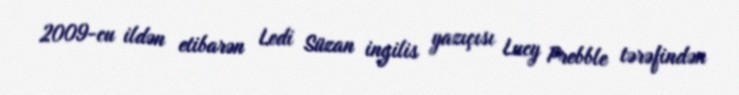
2009-cu ildən etibarən Ledi Süzan ingilis yazıçısı Lucy Prebble tərəfindən